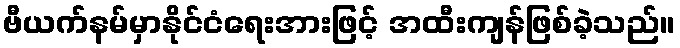
ဗီယက်နမ်မှာနိုင်ငံရေးအားဖြင့် အထီးကျန်ဖြစ်ခဲ့သည်။